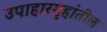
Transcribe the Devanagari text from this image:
उपाहारगृहांतील